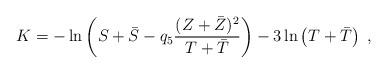
LaTeX: \begin{align*}K = -\ln\left( S+\bar{S}-q_5\frac{(Z+\bar{Z})^2}{T+\bar{T}}\right) -3\ln\left( T+\bar{T}\right)\; , \end{align*}